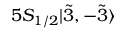
5 S _ { 1 / 2 } | \Tilde { 3 } , - \Tilde { 3 } \rangle